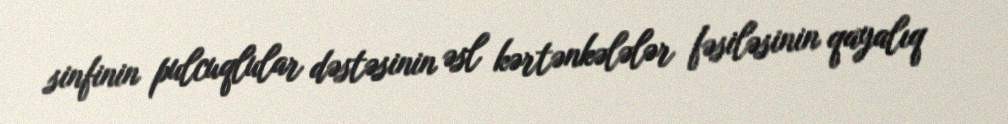
sinfinin pulcuqlular dəstəsinin əsl kərtənkələlər fəsiləsinin qayalıq